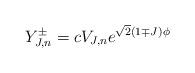
LaTeX: \begin{align*}Y^{\pm}_{J,n}=cV_{J,n}e^{\sqrt{2}(1\mp J)\phi} \end{align*}